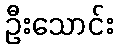
ဦးသောင်း